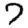
Digit: 7